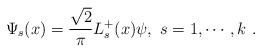
LaTeX: \begin{align*}\Psi_s(x) =\frac{\sqrt{2}}{\pi} L^+_s(x) \psi, ~s=1,\cdots,k~.\end{align*}